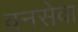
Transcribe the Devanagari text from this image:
वनसेवा